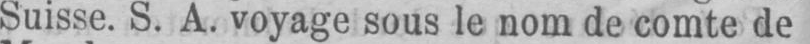
Suisse. S. A. voyage sous le nom de comte de